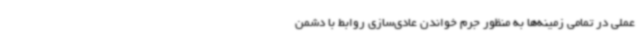
عملی در تمامی زمینه‌ها به منظور جرم خواندن عادی‌سازی روابط با دشمن